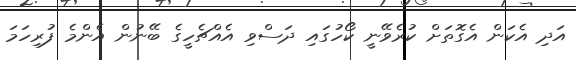
އަދި އެކަން އެގޮތަށް ކުރެވޭނީ ކޯހުގައި ދަސްވި އެއްޗެހީގެ ބޭނުން އެންމެ ފުރިހަމަ